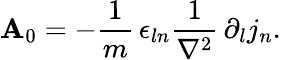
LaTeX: \mathbf{A}_{0}=-\frac{{1}}{{m}}\, \epsilon_{ln}\frac{{1}}{{\nabla^{2}}}\, \partial_{l}j_{n}.